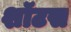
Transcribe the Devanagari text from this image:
शॉटस